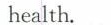
health.